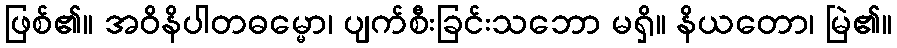
ဖြစ်၏။ အဝိနိပါတဓမ္မော၊ ပျက်စီးခြင်းသဘော မရှိ။ နိယတော၊ မြဲ၏။